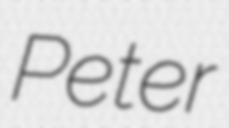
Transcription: Peter